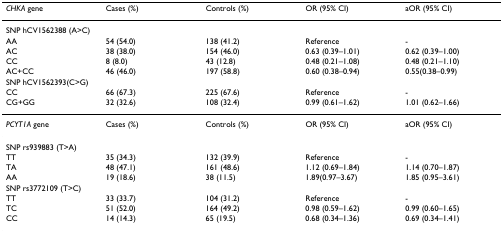
<table><thead><tr><td><b><i>CHKA </i>gene</b></td><td><b>Cases (%)</b></td><td><b>Controls (%)</b></td><td><b>OR (95% CI)</b></td><td><b>aOR (95% CI)</b></td></tr></thead><tbody><tr><td colspan="5">SNP hCV1562388 (A&gt;C)</td></tr><tr><td>AA</td><td>54 (54.0)</td><td>138 (41.2)</td><td>Reference</td><td>-</td></tr><tr><td>AC</td><td>38 (38.0)</td><td>154 (46.0)</td><td>0.63 (0.39–1.01)</td><td>0.62 (0.39–1.00)</td></tr><tr><td>CC</td><td>8 (8.0)</td><td>43 (12.8)</td><td>0.48 (0.21–1.08)</td><td>0.48 (0.21–1.10)</td></tr><tr><td>AC+CC</td><td>46 (46.0)</td><td>197 (58.8)</td><td>0.60 (0.38–0.94)</td><td>0.55(0.38–0.99)</td></tr><tr><td colspan="5">SNP hCV1562393(C&gt;G)</td></tr><tr><td>CC</td><td>66 (67.3)</td><td>225 (67.6)</td><td>Reference</td><td>-</td></tr><tr><td>CG+GG</td><td>32 (32.6)</td><td>108 (32.4)</td><td>0.99 (0.61–1.62)</td><td>1.01 (0.62–1.66)</td></tr><tr><td><i>PCYT1A </i>gene</td><td>Cases (%)</td><td>Controls (%)</td><td>OR (95% CI)</td><td>aOR (95% CI)</td></tr><tr><td colspan="5">SNP rs939883 (T&gt;A)</td></tr><tr><td>TT</td><td>35 (34.3)</td><td>132 (39.9)</td><td>Reference</td><td>-</td></tr><tr><td>TA</td><td>48 (47.1)</td><td>161 (48.6)</td><td>1.12 (0.69–1.84)</td><td>1.14 (0.70–1.87)</td></tr><tr><td>AA</td><td>19 (18.6)</td><td>38 (11.5)</td><td>1.89(0.97–3.67)</td><td>1.85 (0.95–3.61)</td></tr><tr><td colspan="5">SNP rs3772109 (T&gt;C)</td></tr><tr><td>TT</td><td>33 (33.7)</td><td>104 (31.2)</td><td>Reference</td><td>-</td></tr><tr><td>TC</td><td>51 (52.0)</td><td>164 (49.2)</td><td>0.98 (0.59–1.62)</td><td>0.99 (0.60–1.65)</td></tr><tr><td>CC</td><td>14 (14.3)</td><td>65 (19.5)</td><td>0.68 (0.34–1.36)</td><td>0.69 (0.34–1.41)</td></tr></tbody></table>